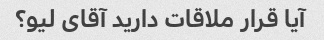
آیا قرار ملاقات دارید آقای لیو؟